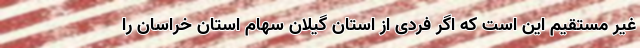
غیر مستقیم این است که اگر فردی از استان گیلان سهام استان خراسان را